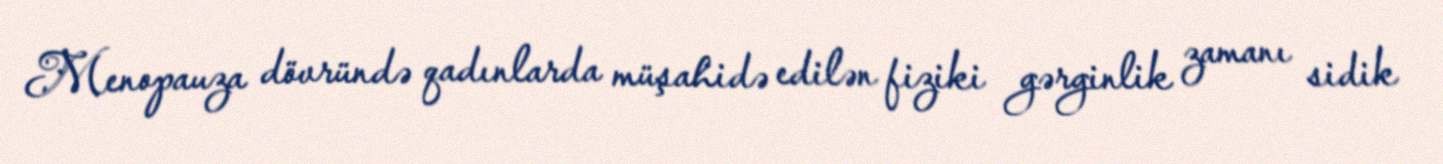
Menopauza dövründə qadınlarda müşahidə edilən fiziki gərginlik zamanı sidik